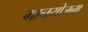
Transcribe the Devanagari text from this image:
मानयोजना